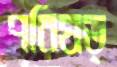
পরিষত্